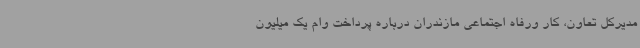
مدیرکل تعاون، کار ورفاه اجتماعی مازندران درباره پرداخت وام یک میلیون